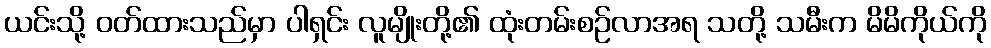
ယင်းသို့ ဝတ်ထားသည်မှာ ပါရှင်း လူမျိုးတို့၏ ထုံးတမ်းစဉ်လာအရ သတို့ သမီးက မိမိကိုယ်ကို